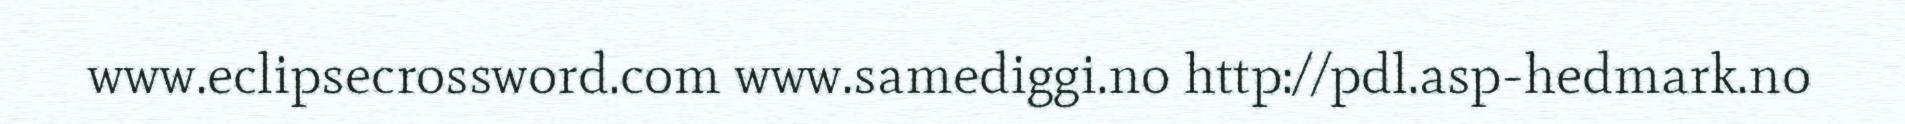
www.eclipsecrossword.com www.samediggi.no http://pdl.asp-hedmark.no